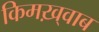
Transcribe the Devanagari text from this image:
किमख़्वाब